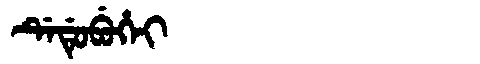
Manchu: ᡩᡝᡩᡠᠪᡠᡥᡝᡳ
Romanization: DEDUBUHEI